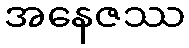
အနေဇဿ